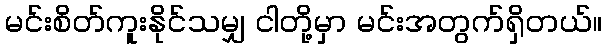
မင်းစိတ်ကူးနိုင်သမျှ ငါတို့မှာ မင်းအတွက်ရှိတယ်။